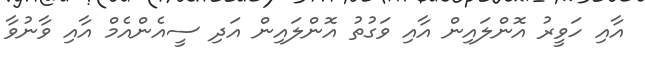
އާއި ހަވީރު އޮންލައިން އާއި ވަގުތު އޮންލައިން އަދި ސީއެންއެމް އާއި ވާނުވާ